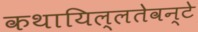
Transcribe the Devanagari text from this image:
कथायिल्‍लतेवन्‍टे